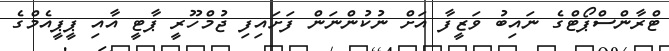
ޓްރާންސްޕޯޓްގެ ނައިބު ވަޒީފާ އަށް ނުކުންނަން ފަށައިފި ޖުމްހޫރީ ޕާޓީ އާއި ޕީޕީއެމްގެ